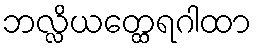
ဘလ္လိယတ္ထေရဂါထာ